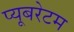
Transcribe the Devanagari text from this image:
प्यूबरेटम